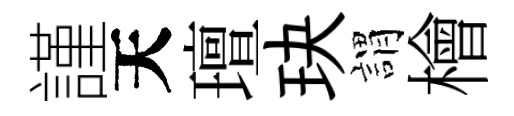
謹天璮玦謂檜